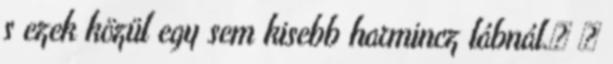
s ezek közül egy sem kisebb harmincz lábnál.» 